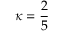
\kappa = \frac { 2 } { 5 }